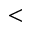
<